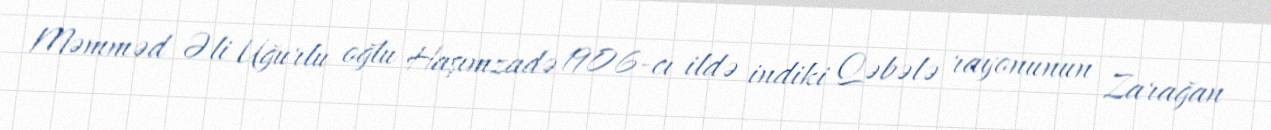
Məmməd Əli Uğurlu oğlu Haşımzadə 1906-cı ildə indiki Qəbələ rayonunun Zarağan